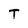
Character: T